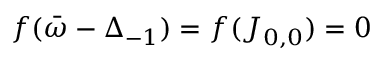
f ( \bar { \omega } - \Delta _ { - 1 } ) = f ( J _ { 0 , 0 } ) = 0